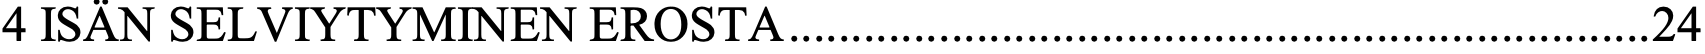
4 ISÄN SELVIYTYMINEN EROSTA ..................................................................... 24